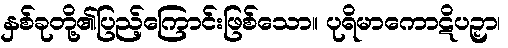
နှစ်ခုတို့၏ပြည့်ကြောင်းဖြစ်သော။ ပုရိမာကောဋိပဉှာ၊